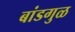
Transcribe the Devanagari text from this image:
बांडगुळ